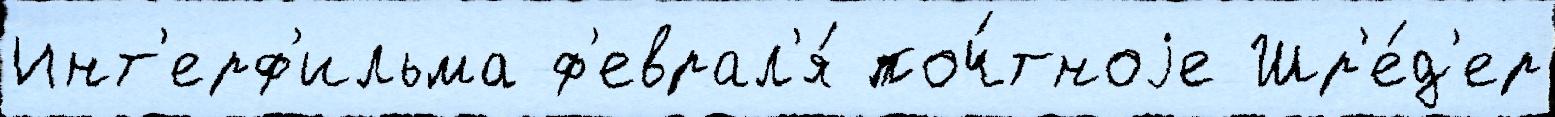
Инт'ерф'ильма ф'еврал'я́ поч́тноjе Шр'е́д'ер